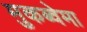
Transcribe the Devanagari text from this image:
मुकब्वेमा